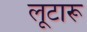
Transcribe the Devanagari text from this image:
लूटारू